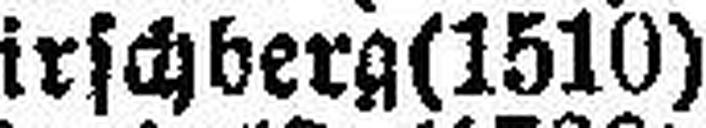
*Hirschberg (1510)